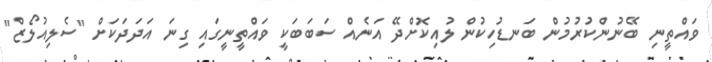
ވައްތީނި ބޭނުންކުރުމުން ބަނޑުހިކުން ލުއިކޮށްދޭ އަނެއް ސަބަބަކީ ވައްތީނީގައި ގިނަ އަދަދަކަށް "ސެލިއުލޯޒް"